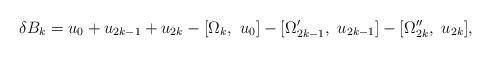
LaTeX: \begin{align*}\delta B_k = u_{0} + u_{2k-1} + u_{2k} - [\Omega_k, ~ u_0] - [\Omega'_{2k-1}, ~ u_{2k-1}] - [\Omega''_{2k}, ~ u_{2k}], \end{align*}